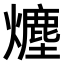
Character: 𤐷